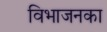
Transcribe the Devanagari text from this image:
विभाजनका